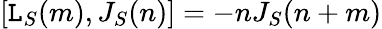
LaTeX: [\mathtt{L}_{S}(m),J_{S}(n)]=-nJ_{S}(n+m)